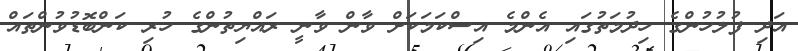
އަދި ފުލުހުންގެ ހިދުމަތުގައި އެންމެ އިސްކަމަކަށް ވާން ވާނީ ރައްޔިތުންގެ ހުރި ކަންބޮޑުވުންތައް